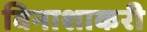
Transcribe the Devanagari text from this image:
विनाशाकरी